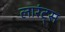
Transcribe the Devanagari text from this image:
लारंट्स